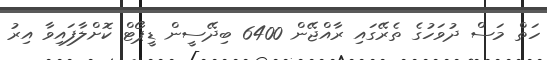
ހަތް މަސް ދުވަހުގެ ތެރޭގައި ރާއްޖޭން 6400 ބިދޭސީން ޑީޕޯޓް ކޮށްލާފައިވާ އިރު